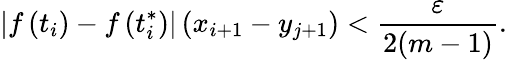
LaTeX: \left|f\left(t_{i}\right)-f\left(t_{i}^{*}\right)\right|\left(x_{i+1}-y_{j+1}\right)<{\frac{\varepsilon}{2(m-1)}}.